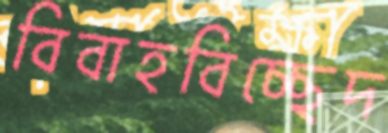
বিবাহবিচ্ছেদ